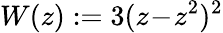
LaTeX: W(z):=3(z\! -\! z^{2})^{2}